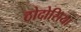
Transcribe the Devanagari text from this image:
ठोदोसिया